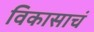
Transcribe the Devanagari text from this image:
विकासाचं